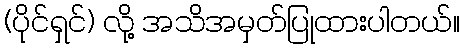
(ပိုင်ရှင်) လို့ အသိအမှတ်ပြုထားပါတယ်။